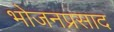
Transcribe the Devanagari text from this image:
भोजनप्रसाद